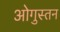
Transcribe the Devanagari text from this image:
ओगुस्तन